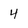
Character: 4